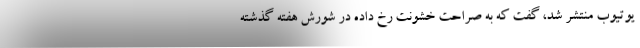
یوتیوب منتشر شد، گفت که به صراحت خشونت رخ داده در شورش هفته گذشته